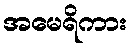
အမေရိကား